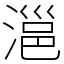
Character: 㴩